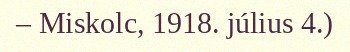
– Miskolc, 1918. július 4.)